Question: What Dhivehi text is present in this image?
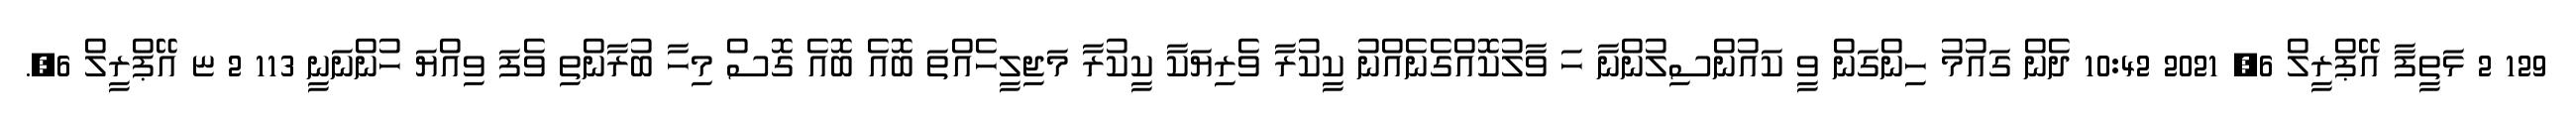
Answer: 129 2 ޅަތީފާ އޭޕްރީލް 6, 2021 10:42 ދެން ގައުމު ހިންގަން ވީ ކައުންސިލުންނާ ހަ ވާލުކޮއްގެނެއްނު ކީކުރާ ވެރިޔަކާ ކީކުރާ މަޖިލީހެއްތަ ބޮއެ ބޮއެ ގޮސް މިހާ ބުރާންތި ވެފަ ވިއްޔަ ހުންނަނީ 113 2 ޏ އޭޕްރީލް 6,.